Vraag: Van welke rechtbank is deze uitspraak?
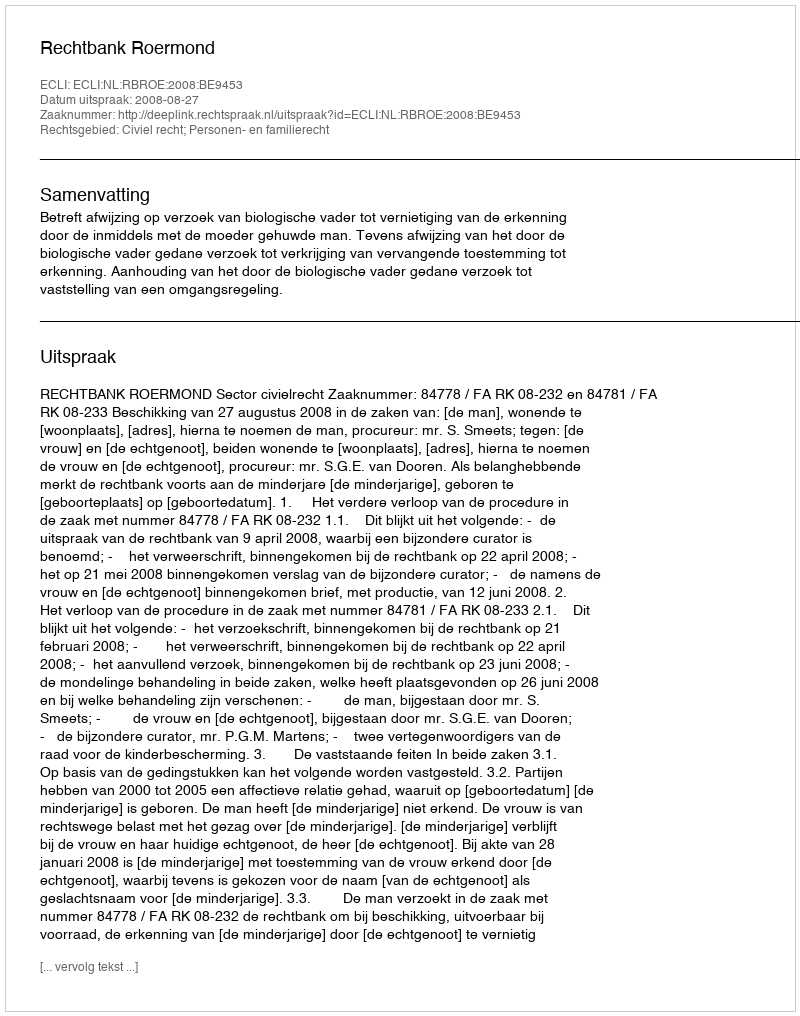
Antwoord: Rechtbank Roermond